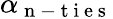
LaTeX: \alpha_{\mathrm{~n~-~t~i~e~s~}}